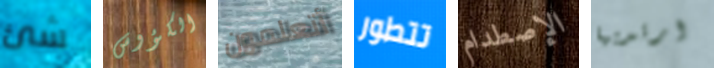
شئ الكؤوس أتعلمون تتطور الإصطدام ارتديها